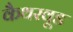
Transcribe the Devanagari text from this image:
कैथरवूड